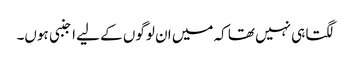
لگتا ہی نہیں تھا کہ میں ان لوگوں کے لیے اجنبی ہوں۔